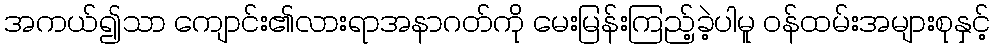
အကယ်၍သာ ကျောင်း၏လားရာအနာဂတ်ကို မေးမြန်းကြည့်ခဲ့ပါမူ ဝန်ထမ်းအများစုနှင့်